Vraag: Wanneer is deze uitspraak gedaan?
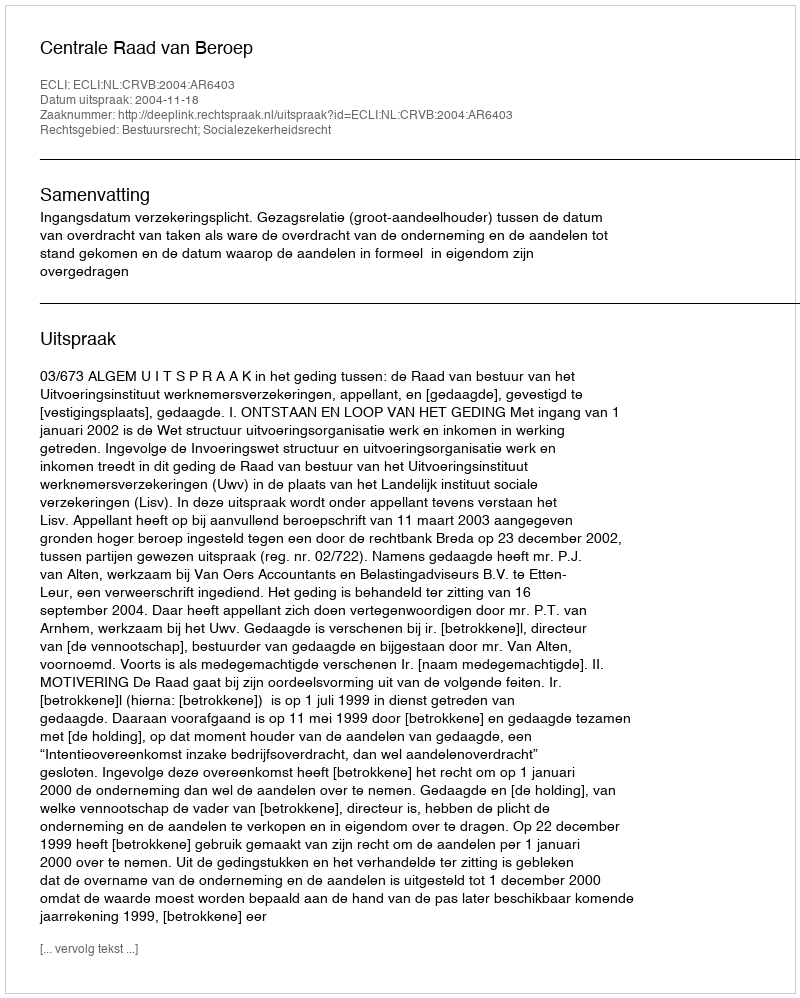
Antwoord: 2004-11-18